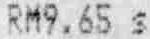
RM9.65 S